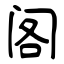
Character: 阁